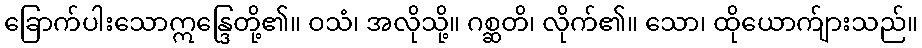
ခြောက်ပါးသောဣန္ဒြေတို့၏။ ဝသံ၊ အလိုသို့။ ဂစ္ဆတိ၊ လိုက်၏။ သော၊ ထိုယောက်ျားသည်။